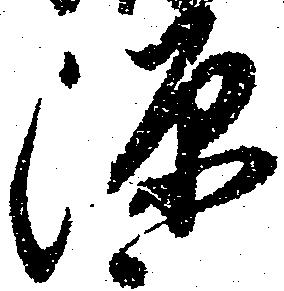
源